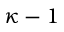
\kappa - 1